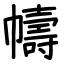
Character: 幬